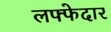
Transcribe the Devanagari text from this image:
लफ्फेदार